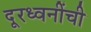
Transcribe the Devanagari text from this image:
दूरध्वनींची